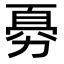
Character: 𠢊